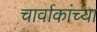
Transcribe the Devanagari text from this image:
चार्वाकांच्या